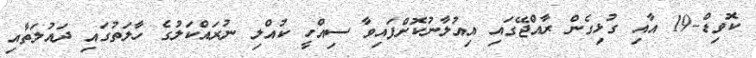
ކޮވިޑް-19 އާއި ގުޅިގެން ރާއްޖޭގައި އިއުލާނުކޮށްފައިވާ ސިއްހީ ކުއްލި ނުރައްކަލުގެ ހާލަތުގައި ދައުލަތާއި